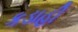
કડાહી